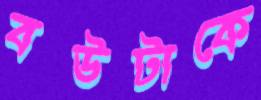
বউটাকে